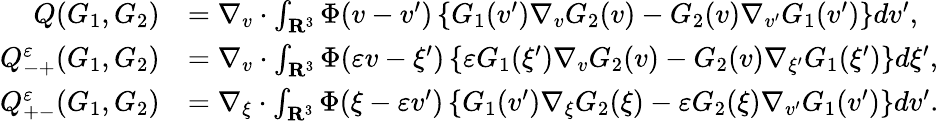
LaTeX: \begin{array}{rl}{Q(G_{1},G_{2})}&{=\nabla_{v}\cdot\int_{\mathbf R^{3}}\Phi(v-v^{\prime})\left\{ G_{1}(v^{\prime})\nabla_{v}G_{2}(v)-G_{2}(v)\nabla_{v^{\prime}}G_{1}(v^{\prime})\right\} dv^{\prime},}\\ {Q_{-+}^{\varepsilon}(G_{1},G_{2})}&{=\nabla_{v}\cdot\int_{\mathbf R^{3}}\Phi(\varepsilon v-\xi^{\prime})\left\{ \varepsilon G_{1}(\xi^{\prime})\nabla_{v}G_{2}(v)-G_{2}(v)\nabla_{\xi^{\prime}}G_{1}(\xi^{\prime})\right\} d\xi^{\prime},}\\ {Q_{+-}^{\varepsilon}(G_{1},G_{2})}&{=\nabla_{\xi}\cdot\int_{\mathbf R^{3}}\Phi(\xi-\varepsilon v^{\prime})\left\{ G_{1}(v^{\prime})\nabla_{\xi}G_{2}(\xi)-\varepsilon G_{2}(\xi)\nabla_{v^{\prime}}G_{1}(v^{\prime})\right\} dv^{\prime}.}\end{array}